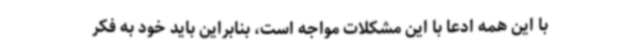
با این همه ادعا با این مشکلات مواجه است، بنابراین باید خود به فکر